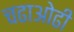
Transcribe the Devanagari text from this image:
चढाओढी